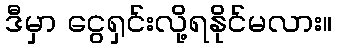
ဒီမှာ ငွေရှင်းလို့ရနိုင်မလား။